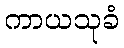
ကာယသုခံ